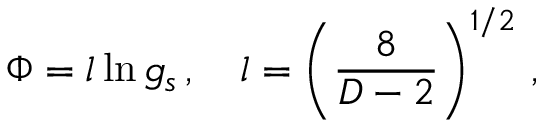
\Phi = l \ln g _ { s } \, , \quad l = \left( \frac { 8 } { D - 2 } \right) ^ { 1 / 2 } \, ,